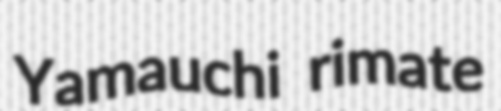
Yamauchi rimate